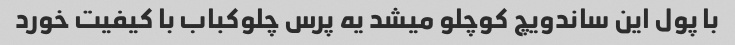
با پول این ساندویچ کوچلو میشد یه پرس چلوکباب با کیفیت خورد